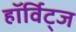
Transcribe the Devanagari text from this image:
हॉर्विट्ज